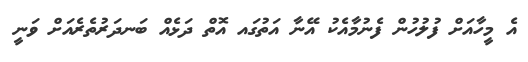
އެ މީހާއަށް ފުލުހުން ފެނުމާއެކު އޭނާ އަތުގައ އޮތް ދަޅެއް ބަނދަރުތެރެއަށް ވަނީ